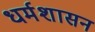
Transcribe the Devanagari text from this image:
धर्मशासन